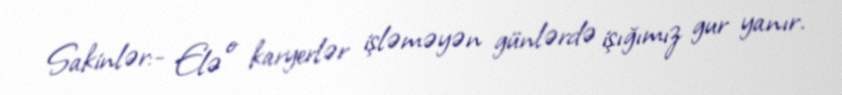
Sakinlər:- Elə o karyerlər işləməyən günlərdə işığımız gur yanır.